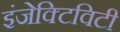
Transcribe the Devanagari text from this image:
इंजेक्टिविटी